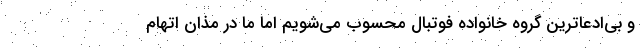
و بی‌ادعاترین گروه خانواده فوتبال محسوب می‌شویم اما ما در مذان اتهام